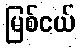
မြစ်ငယ်